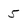
Character: 5